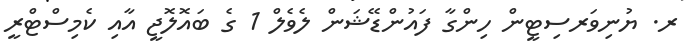
ރ. ޔުނިވަރސިޓީން ހިންގާ ފައުންޑޭޝަން ލެވެލް 1 ގެ ބައޮލޮޖީ އާއި ކެމިސްޓްރީ